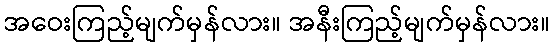
အဝေးကြည့်မျက်မှန်လား။ အနီးကြည့်မျက်မှန်လား။